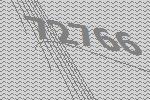
72766